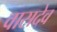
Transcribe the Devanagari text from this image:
वासदेव